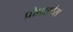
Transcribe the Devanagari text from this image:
प्रोप्राइटैस